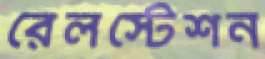
রেলস্টেশন